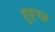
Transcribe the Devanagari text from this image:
हूवुगळु